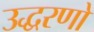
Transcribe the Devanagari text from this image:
उद्धरणो